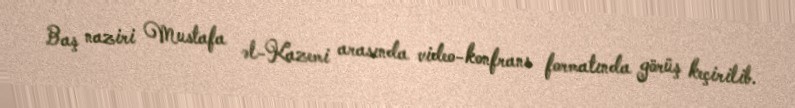
Baş naziri Mustafa əl-Kazemi arasında video-konfrans formatında görüş keçirilib.